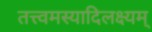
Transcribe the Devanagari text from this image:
तत्त्वमस्यादिलक्ष्यम्